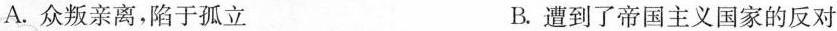
A. 众叛亲离，陷于孤立 B. 遭到了帝国主义国家的反对